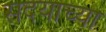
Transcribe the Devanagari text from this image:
सदयाच्या